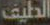
الطيف